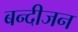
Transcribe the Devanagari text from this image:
बन्दीजन